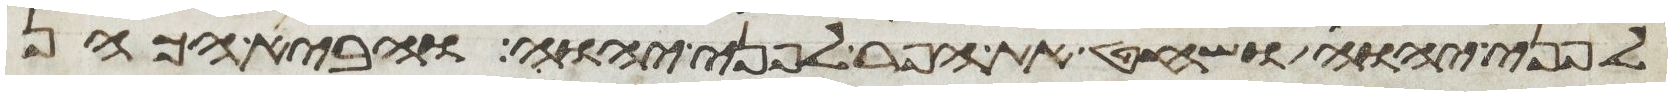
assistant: לפני יהוה ושחט את הפר לפני יהוה והביא הכהן